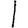
Digit: 1